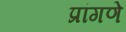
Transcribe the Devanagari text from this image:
प्रांगणे